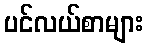
ပင်လယ်စာများ